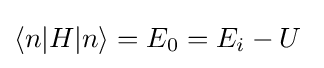
\langle n|H|n\rangle =E_{0}=E_{i}-U\